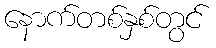
နောက်တစ်နှစ်တွင်